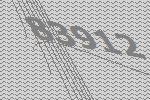
83912